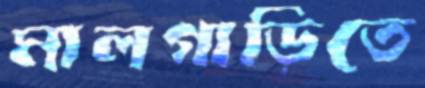
মালগাড়িতে